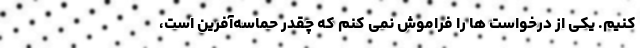
کنیم. یکی از درخواست ها را فراموش نمی کنم که چقدر حماسه‌آفرین است،